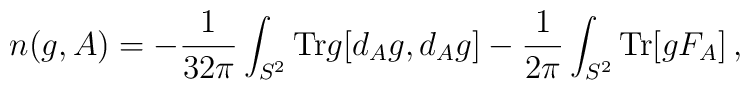
n(g,A) = -\frac{1}{32\pi}\int_{S^{2}} {\rm Tr}g [d_{A}g,d_{A} g] - \frac{1}{2\pi}\int_{S^{2}}  {\rm Tr}[ gF_{A}] \, ,